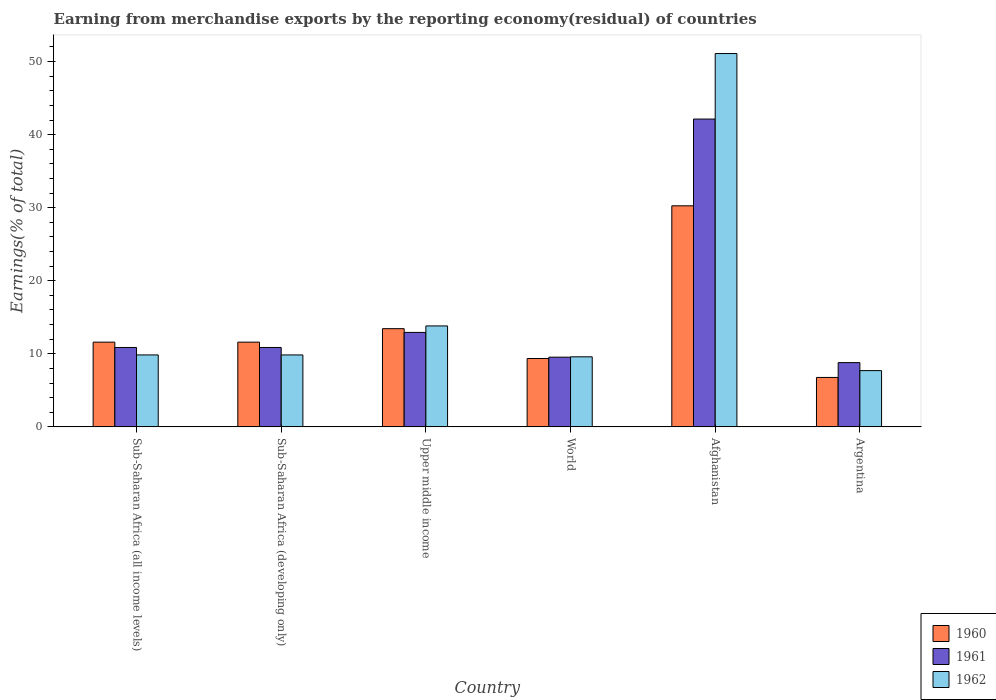
| Country | 1960 | 1961 | 1962 |
 | --- | --- | --- | --- |
 | Sub-Saharan Africa (all income levels) | 11.6 | 10.9 | 9.85 |
 | Sub-Saharan Africa (developing only) | 11.6 | 10.9 | 9.85 |
 | Upper middle income | 13.4 | 12.9 | 13.8 |
 | World | 9.36 | 9.54 | 9.59 |
 | Afghanistan | 30.3 | 42.1 | 51.1 |
 | Argentina | 6.76 | 8.79 | 7.7 |